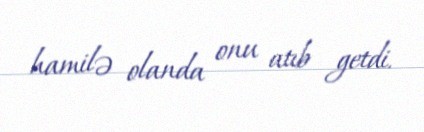
hamilə olanda onu atıb getdi.